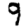
Digit: 9